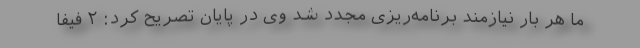
ما هر بار نیازمند برنامه‌ریزی مجدد شد وی‌ در پایان تصریح کرد: ۲ فیفا